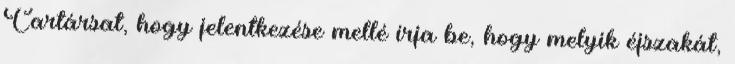
Cartársat, hogy jelentkezése mellé írja be, hogy melyik éjszakát,